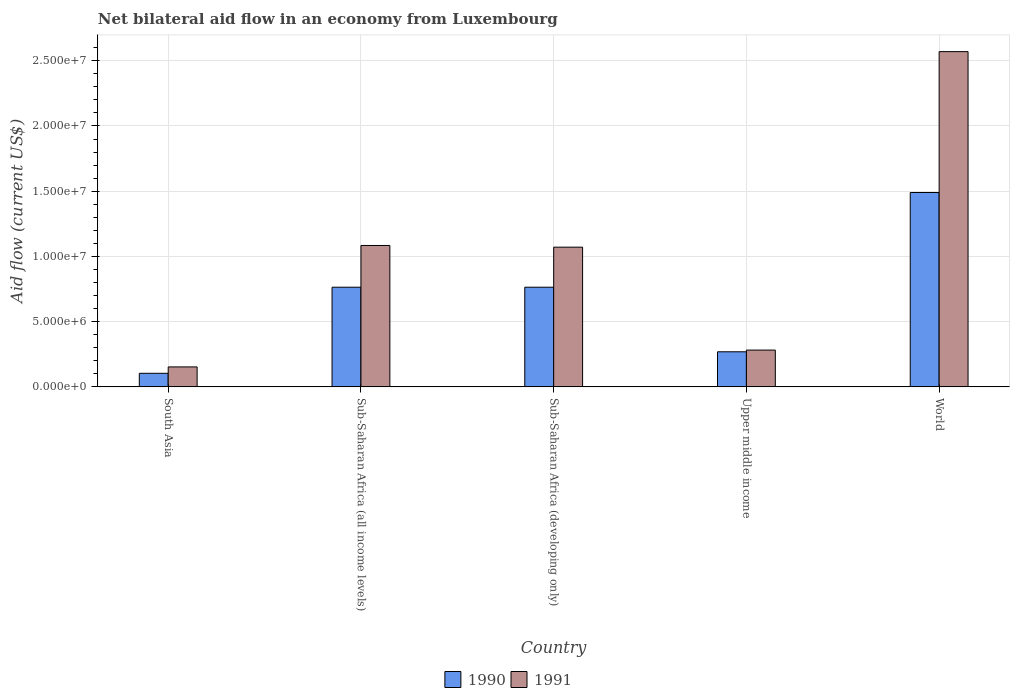
| Country | 1990 | 1991 |
 | --- | --- | --- |
 | South Asia | 1.04e+06 | 1.53e+06 |
 | Sub-Saharan Africa (all income levels) | 7.64e+06 | 1.08e+07 |
 | Sub-Saharan Africa (developing only) | 7.64e+06 | 1.07e+07 |
 | Upper middle income | 2.69e+06 | 2.82e+06 |
 | World | 1.49e+07 | 2.57e+07 |